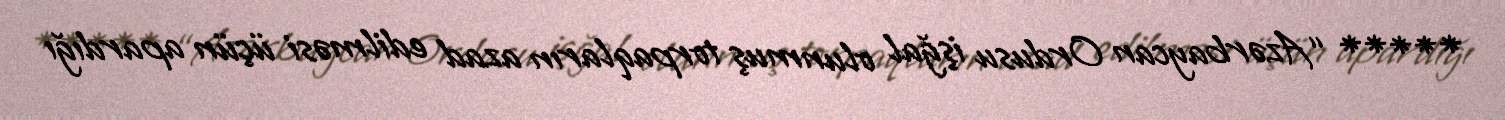
***** “Azərbaycan Ordusu işğal olunmuş torpaqların azad edilməsi üçün apardığı